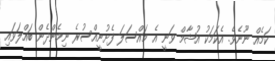
ކަމެއް ނޫނެވެ. އެކަމަކު އުޝާމް ވަނީ އެ މައްސަލަ ފެށުނީއްސުރެ ނިމެންދެން ބައްލަވައި